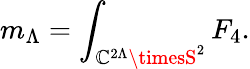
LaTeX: m_{\Lambda}=\int_{\mathbb{C}^{2\Lambda}\timesS^{2}}F_{4}.